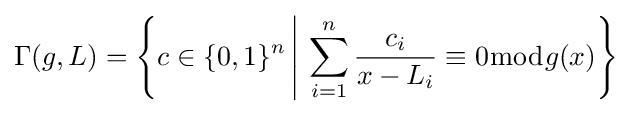
\Gamma (g,L)=\left\{c\in \{0,1\}^{n}\,{\Bigg \vert }\,\sum _{i=1}^{n}{\frac {c_{i}}{x-L_{i}}}\equiv 0{\bmod {g}}(x)\right\}